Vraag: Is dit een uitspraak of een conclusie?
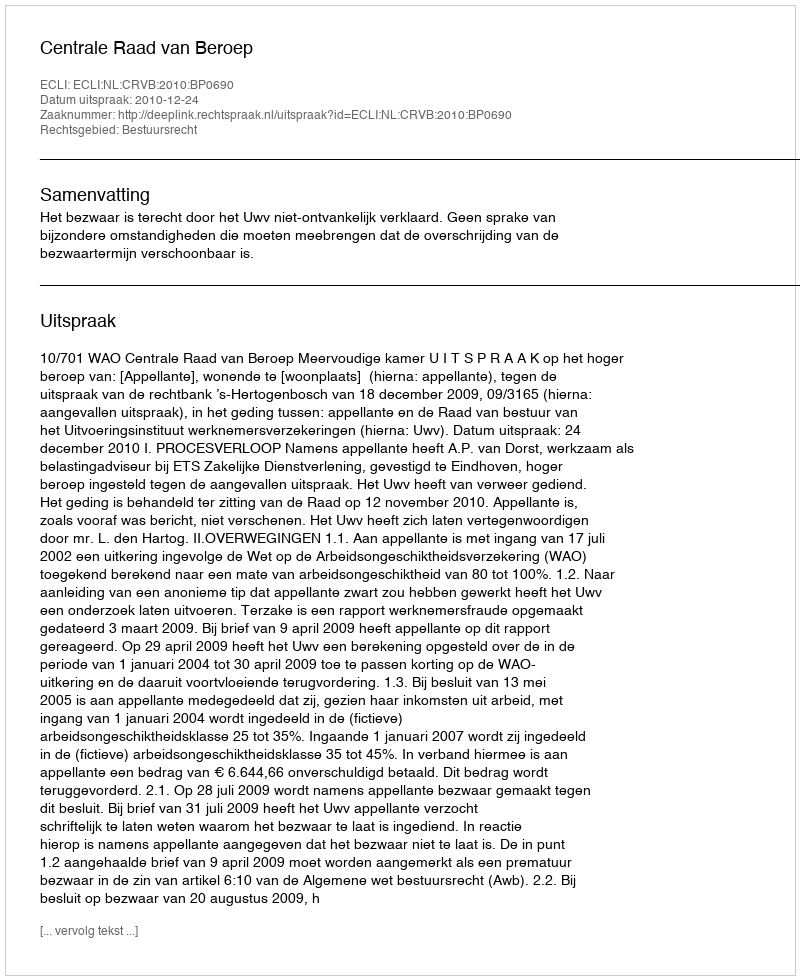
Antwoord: Uitspraak